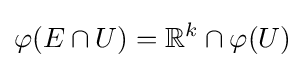
\varphi (E\cap U)=\mathbb {R} ^{k}\cap \varphi (U)